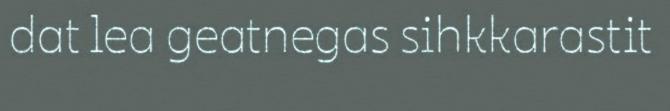
dat lea geatnegas sihkkarastit